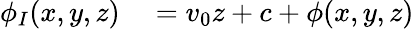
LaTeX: \begin{array}{rl}{\phi_{I}(x,y,z)}&{{}={}v_{0}z+c+\phi(x,y,z)}\end{array}